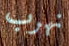
نهرب